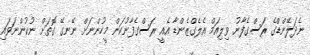
ނެދަލޭންޑްގެ ރަަސްގެފާނު ވިލިއަމް އެލެގްޒެންޑާ އެއީ ރަސްގެފާނުކަން މީހުންނަށް ނޭނގޭ ގޮތަށް ނުކުންނަވައި